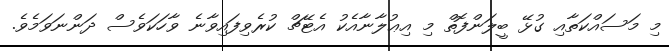
މި މަސައްކަތާއި ގުޅޭ ބީލަންފޮތް މި އިޢުލާނާއެކު އެޓޭޗް ކުރެވިފައިވާނެ ވާހަކަވެސް ދަންނަވަމެވެ.